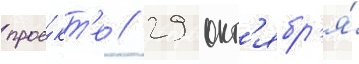
прое́кт'е // 29 окт'ябр'я́